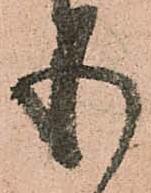
も